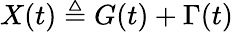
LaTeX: X(t)\triangleq G(t)+\Gamma(t)